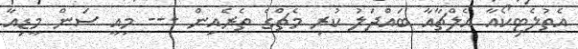
އެތުލެޓިކޯއާ އެލްޗާއާ ބައްދަލު ކުރި މެޗްގެ ތެރެއިން --- މިއީ ސަން މީޑިއާ